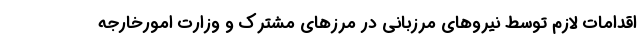
اقدامات لازم توسط نیروهای مرزبانی در مرزهای مشترک و وزارت امورخارجه